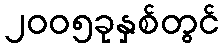
၂၀၀၅ခုနှစ်တွင်